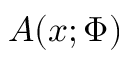
A ( x ; \Phi )